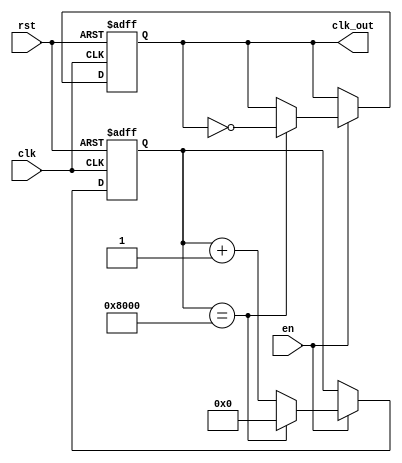
module Fractional_clock_divider (
input clk,
input rst,
input en,
output reg clk_out
);

reg [15:0] counter;
reg [15:0] divisor = 32768; // Fractional value for clock division
reg clk_out_temp;

always @(posedge clk or posedge rst) begin
    if (rst) begin
        counter <= 16'h0000;
        clk_out_temp <= 1'b0;
    end else if (en) begin
        if (counter == divisor) begin
            counter <= 16'h0000;
            clk_out_temp <= ~clk_out_temp;
        end else begin
            counter <= counter + 1;
        end
    end
end

assign clk_out = clk_out_temp;

endmodule